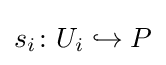
s_{i}\colon U_{i}\hookrightarrow P